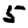
Digit: 5